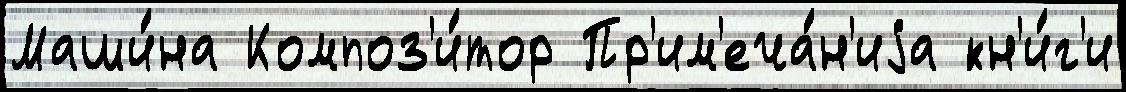
Маши́на Композ'и́тор Пр'им'еча́н'иjа кн'и́г'и